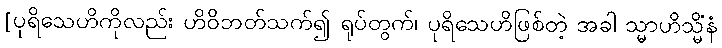
[ပုရိသေဟိကိုလည်း ဟိဝိဘတ်သက်၍ ရုပ်တွက်၊ ပုရိသေဟိဖြစ်တဲ့ အခါ သ္မာဟိသ္မိံနံ